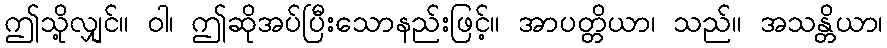
ဤသို့လျှင်။ ဝါ၊ ဤဆိုအပ်ပြီးသောနည်းဖြင့်။ အာပတ္တိယာ၊ သည်။ အသန္တိယာ၊